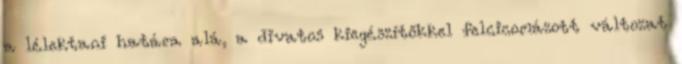
a lélektani határa alá, a divatos kiegészítőkkel felcicomázott változat